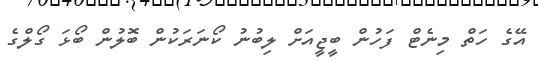
އޭގެ ހަތް މިނެޓް ފަހުން ބީޖީއަށް ލިބުނު ކޯނަރަކުން ބޮލުން ބޯޅަ ގޯލްގެ